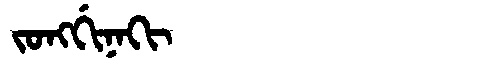
Manchu: ᠵᠣᠩᡤᡳᠨᠠᡴᡳ
Romanization: JONGGINAKI